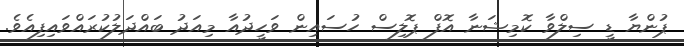
ޕުންޔާ ޑީ ސިލްވާ ކޮމިޝަނާ އޮފް ޕޮލިސް ހުސައިން ވަހީދުއާ މިއަދު ބައްދަލުކުރައްވައިފިއެވެ.